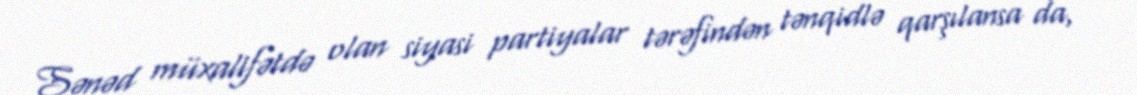
Sənəd müxalifətdə olan siyasi partiyalar tərəfindən tənqidlə qarşılansa da,